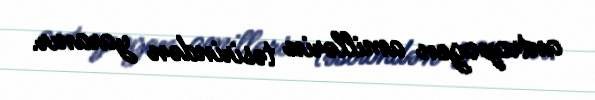
antropogen amillərin təsirindən yaranır.